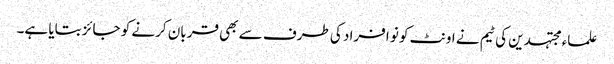
علماء مجتہدین کی ٹیم نے اونٹ کو نو افراد کی طرف سے بھی قربان کرنے کو جائز بتایا ہے۔